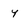
Character: 4